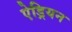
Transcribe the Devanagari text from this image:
ऐड्रियन